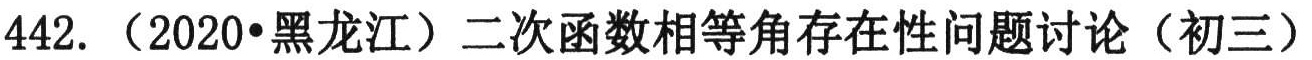
442. （2020•黑龙江）二次函数相等角存在性问题讨论（初三）